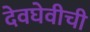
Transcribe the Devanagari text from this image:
देवघेवीची